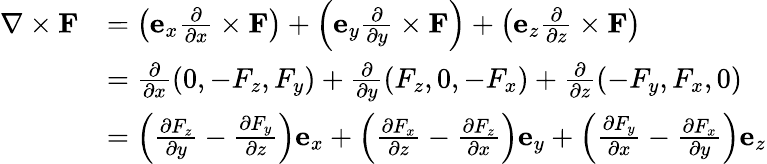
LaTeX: {\begin{array}{rl}{\nabla\times\mathbf{F}}&{=\left(\mathbf{e}_{x}{\frac{\partial}{\partial x}}\times\mathbf{F}\right)+\left(\mathbf{e}_{y}{\frac{\partial}{\partial y}}\times\mathbf{F}\right)+\left(\mathbf{e}_{z}{\frac{\partial}{\partial z}}\times\mathbf{F}\right)}\\ &{={\frac{\partial}{\partial x}}(0,-F_{z},F_{y})+{\frac{\partial}{\partial y}}(F_{z},0,-F_{x})+{\frac{\partial}{\partial z}}(-F_{y},F_{x},0)}\\ &{=\left({\frac{\partial F_{z}}{\partial y}}-{\frac{\partial F_{y}}{\partial z}}\right)\mathbf{e}_{x}+\left({\frac{\partial F_{x}}{\partial z}}-{\frac{\partial F_{z}}{\partial x}}\right)\mathbf{e}_{y}+\left({\frac{\partial F_{y}}{\partial x}}-{\frac{\partial F_{x}}{\partial y}}\right)\mathbf{e}_{z}}\end{array}}